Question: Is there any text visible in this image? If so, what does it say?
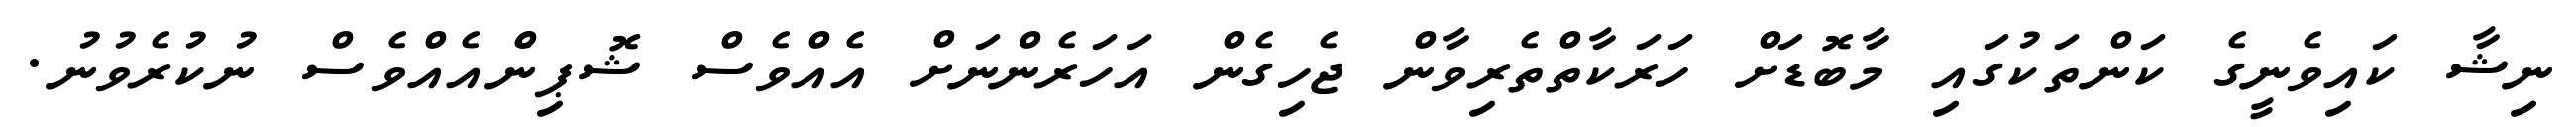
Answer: ނިޝާ ކައިވެނީގެ ކަންތަކުގައި މާބޮޑަށް ހަރަކާތްތެރިވާން ޖެހިގެން އަހަރެންނަށް އެއްވެސް ޝޮޕިންެއެއްވެސް ނުކުރެވުނު.